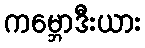
ကမ္ဘောဒီးယား